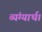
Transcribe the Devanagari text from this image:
व्यंग्यार्थ।